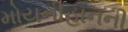
મોયનીહાનની